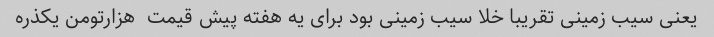
یعنی سیب زمینی تقریبا خلا سیب زمینی بود برای یه هفته پیش قیمت  هزارتومن یکذره